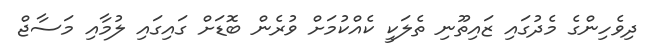
ދިވެހިންގެ މެދުގައި ޒައިތޫނި ތެލަކީ ކެއްކުމަށް ވުރެން ބޮޑަށް ގައިގައި ލުމާއި މަސާޖް